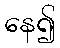
နေ၍